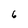
Character: 6